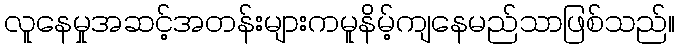
လူနေမှုအဆင့်အတန်းများကမူနိမ့်ကျနေမည်သာဖြစ်သည်။